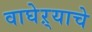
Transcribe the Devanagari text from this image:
वाघेऱ्याचे